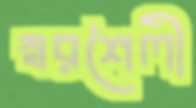
স্বরশৈলী